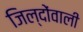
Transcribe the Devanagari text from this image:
जिल्दोंवाली